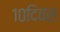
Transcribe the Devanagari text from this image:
१०दिवस